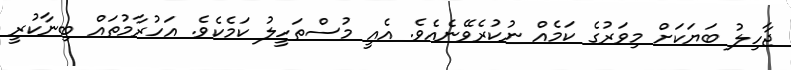
ޖާހިލު ބަޔަކަށް މިވަރުގެ ކަމެއް ނުކުރެވޭނެއެވެ. އެއީ މުސްތަހީލު ކަމެކެވެ. އަހުރާމުތައް ބިނާކުރީ